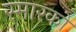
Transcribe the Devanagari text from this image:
स्मारको